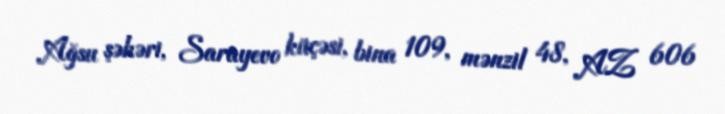
Ağsu şəhəri, Sarayevo küçəsi, bina 109, mənzil 48, AZ 606